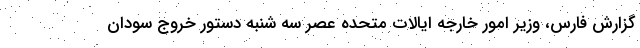
گزارش فارس، وزیر امور خارجه ایالات متحده عصر سه شنبه دستور خروج سودان